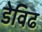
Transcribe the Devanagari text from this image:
डेविढ